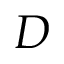
D